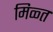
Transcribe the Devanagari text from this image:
मिळ्त